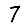
Digit: 7